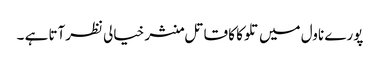
پورے ناول میں تلوکا کا قاتل منشر خیالی نظرآتا ہے ۔